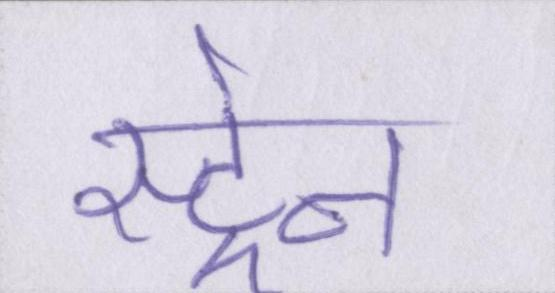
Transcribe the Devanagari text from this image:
स्ट्रेन